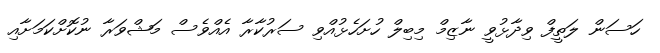
ހަސަން ލަތީފް ވިދާޅުވީ ނާޒިމް މިބިލް ހުށަހެޅުއްވި ސަރުކާރާ އެއްވެސް މަޝްވަރާ ނުކޮށްކަމަށާއި